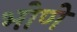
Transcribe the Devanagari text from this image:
भोणे